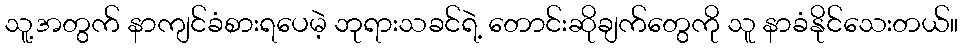
သူ့အတွက် နာကျင်ခံစားရပေမဲ့ ဘုရားသခင်ရဲ့ တောင်းဆိုချက်တွေကို သူ နာခံနိုင်သေးတယ်။